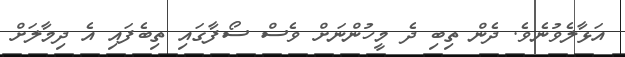
އަޅާލެވުނެވެ. ދެން ތިބި ދެ މީހުންނަށް ވެސް ސޯފާގައި ތިބެފައި އެ ދިމާލަށް